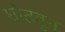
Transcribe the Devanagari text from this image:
घोटवून